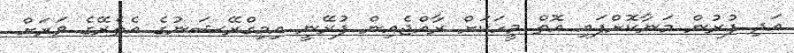
އަދި ފުރުން މަނާކޮށްފައި އޮތް މީހަކަށް ރާއްޖެއިން ފުރޭނީ އިމިގްރޭޝަނުގެ އެތެރޭގެ ވަރަށް